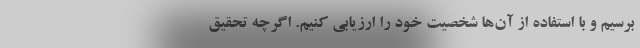
برسیم و با استفاده از آن‌ها شخصیت خود را ارزیابی کنیم. اگرچه تحقیق